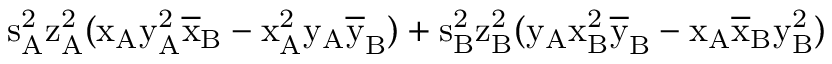
\mathrm { s _ { A } ^ { 2 } \mathrm { z _ { A } ^ { 2 } ( \mathrm { x _ { A } \mathrm { y _ { A } ^ { 2 } \mathrm { \overline { { x } } _ { B } - \mathrm { x _ { A } ^ { 2 } \mathrm { y _ { A } \mathrm { \overline { { y } } _ { B } ) + \mathrm { s _ { B } ^ { 2 } \mathrm { z _ { B } ^ { 2 } ( \mathrm { y _ { A } \mathrm { x _ { B } ^ { 2 } \mathrm { \overline { { y } } _ { B } - \mathrm { x _ { A } \mathrm { \overline { { x } } _ { B } \mathrm { y _ { B } ^ { 2 } ) } } } } } } } } } } } } } } } }